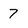
Character: 7